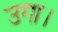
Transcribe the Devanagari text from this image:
उगा।